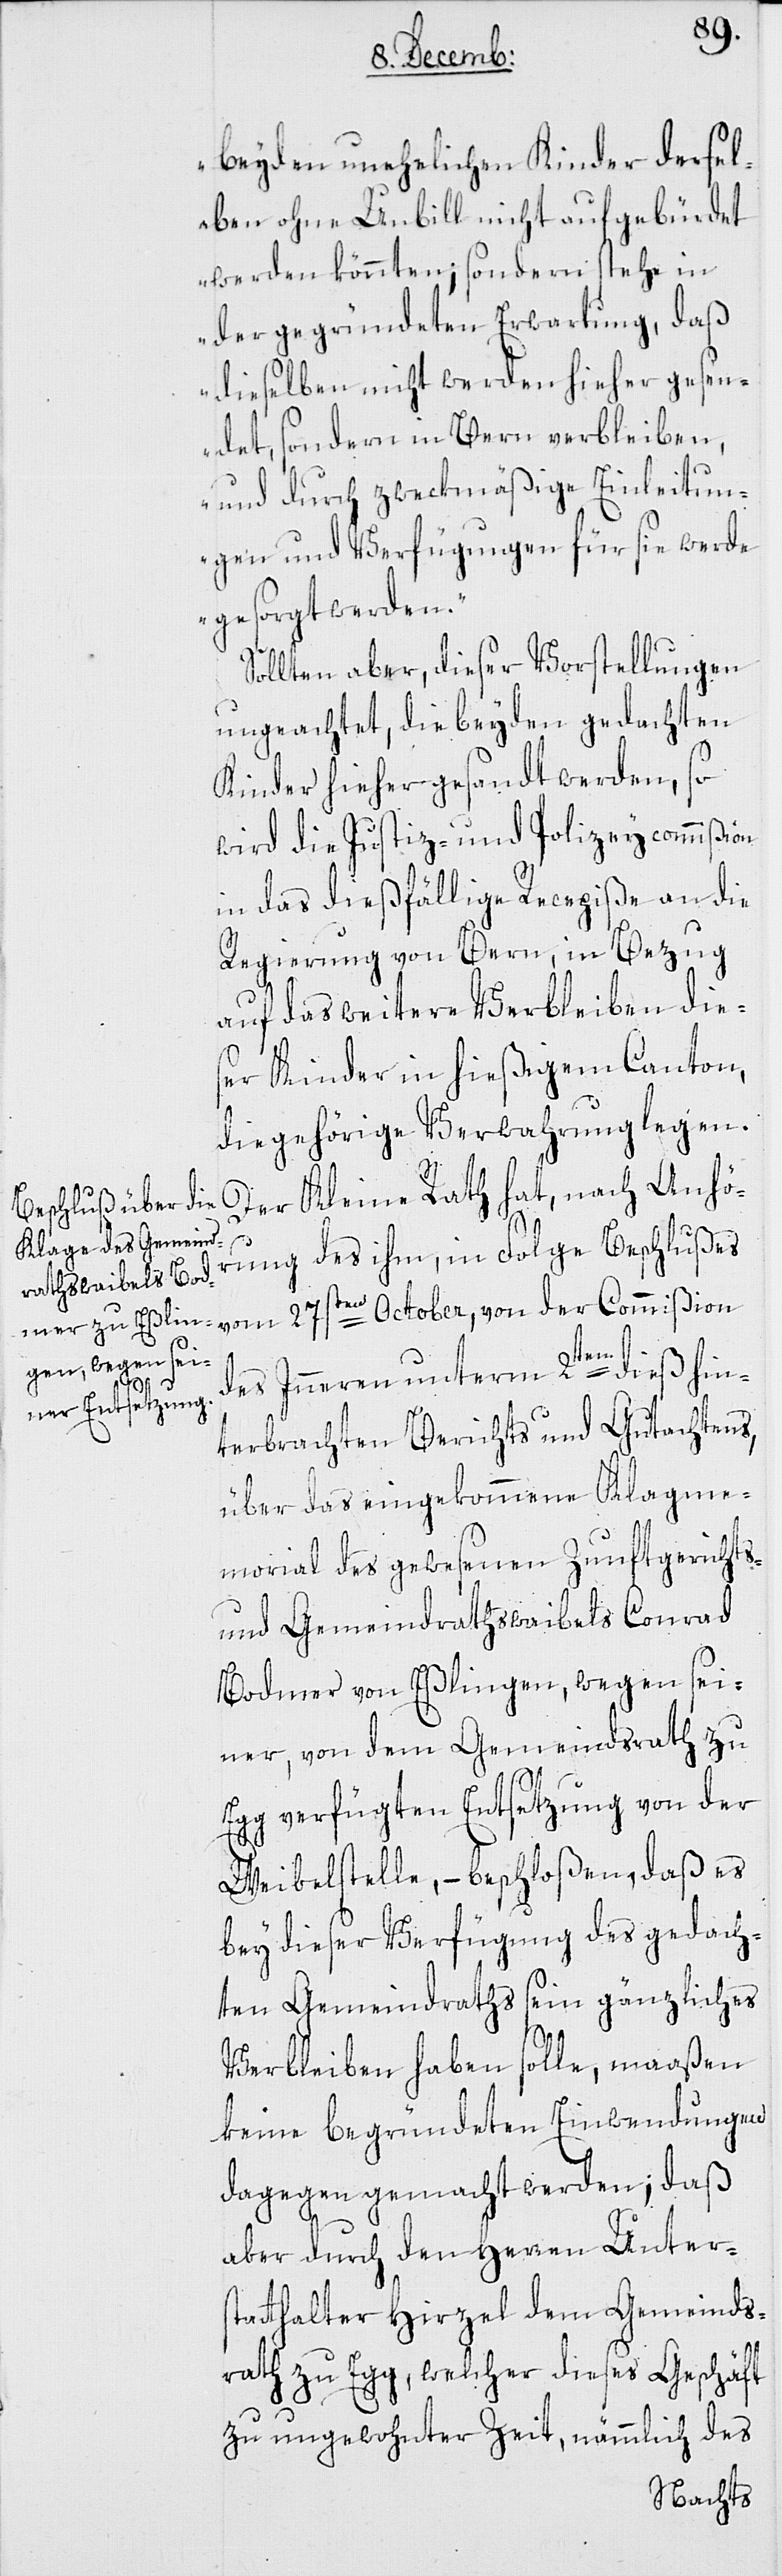
beyden unehelichen Kinder dersel¬
ben ohne Unbill nicht aufgebürdet
werden könnten; sondern stehe in
der gegründeten Erwartung, daß
dieselben nicht werden hieher gesen¬
det, sondern in Bern verbleiben,
und durch zweckmäßige Einleitun¬
gen und Verfügungen für sie werde
gesorgt werden.“
Sollten aber, dieser Vorstellungen
ungeachtet, die beyden gedachten
Kinder hieher gesandt werden, so
wird die Justiz- und Polizeycommißion
in das dießfällige Recepiße an die
Regierung von Bern, in Bezug
auf das weitere Verbleiben die¬
ser Kinder in hießigem Canton,
die gehörige Verwahrung legen.
Der Kleine Rath hat, nach Anhö¬
rung des ihm in Folge Beschlußes
der
des Inneren unterm 2ten dieß hin¬
terbrachten Berichts und Gutachtens,
über das eingekommene Klagme¬
morial des gewesenen Zunftgerichts-
und Gemeindrathswaibels Conrad
Bodmer von Eßlingen, wegen sei¬
ner, von dem Gemeindrath zu
Egg verfügten Entsetzung von der
Weibelstelle, – beschloßen, daß es
bey dießer Verfügung des gedach¬
ten Gemeindraths sein gänzliches
Verbleiben haben solle, maaßen
keine begründeten Einwendungen
dagegen gemacht werden; daß
aber durch den Herren Unters¬
tatthalter Hirzel dem Gemeinds¬
rath zu Egg, welcher dieses Geschäft
zu ungewohnter Zeit, nämmlich des